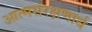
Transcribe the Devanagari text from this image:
आत्मसंरक्षणार्थ